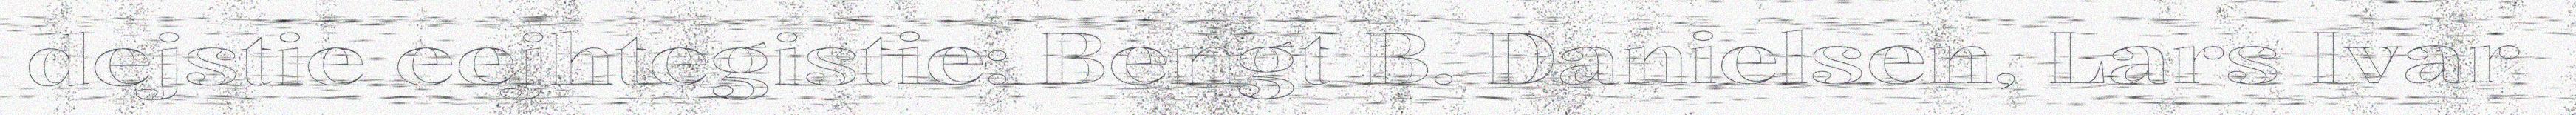
dejstie eejhtegistie: Bengt B. Danielsen, Lars Ivar